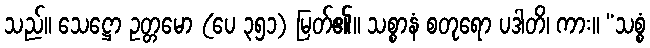
သည်။ သေဋ္ဌော ဥတ္တမော (ပေ ၃၅၁) မြတ်၏။ သစ္စာနံ စတုရော ပဒါတိ၊ ကား။ “သစ္စံ